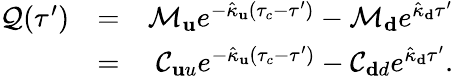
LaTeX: \begin{array}{rlr}{\mathcal{Q}(\tau^{\prime})}&{=}&{\mathcal{M}_{\mathbf u}e^{-\hat{\kappa}_{\mathbf u}(\tau_{c}-\tau^{\prime})}-\mathcal{M}_{\mathbf d}e^{\hat{\kappa}_{\mathbf d}\tau^{\prime}}}\\ &{=}&{\mathcal{C}_{\mathbf uu}e^{-\hat{\kappa}_{\mathbf u}(\tau_{c}-\tau^{\prime})}-\mathcal{C}_{\mathbf dd}e^{\hat{\kappa}_{\mathbf d}\tau^{\prime}}.}\end{array}